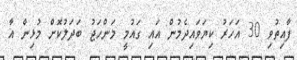
ފާއިތުވި 30 އަހަރު ކިޔަވައިދެމުން އައި ގައުމީ މަންހަޖު ބަދަލުކޮށް މުޅިން އާ